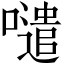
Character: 𱕊